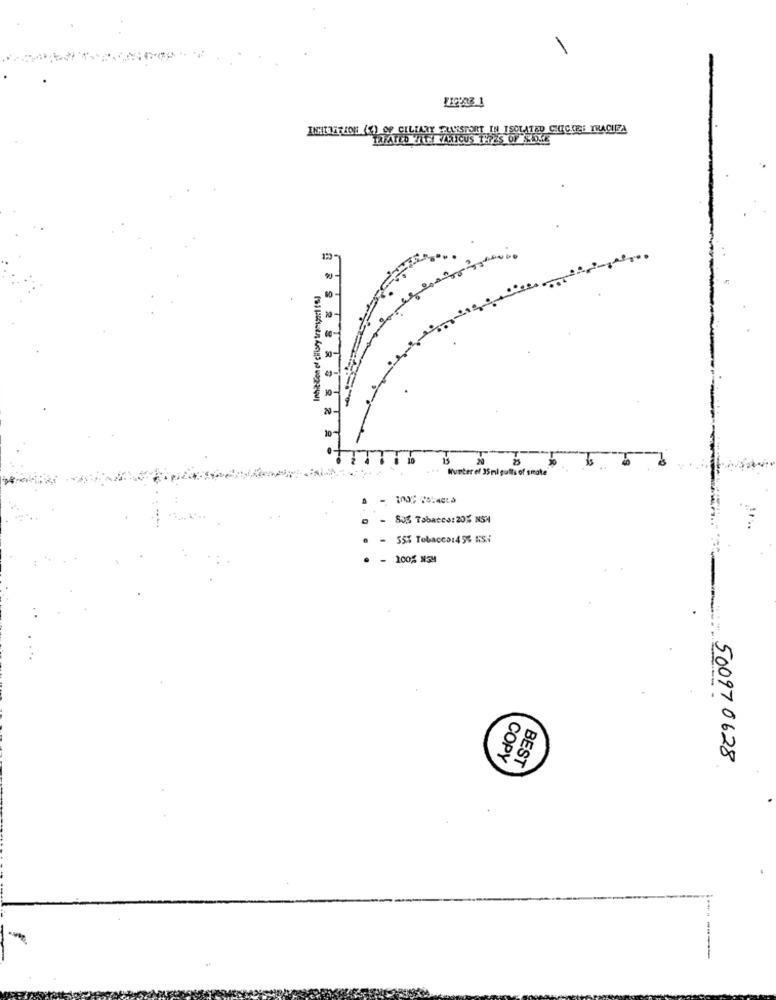
INHERATION (S) OF CILIARY TRANSPORT IN ISOLATED CHUCHES TRACHEA
TRIATED TIL KYAMICUS 1725 OF SOLE
Hunter et 35 ml gulls of smoke
- 805 Tabacco: 20% NSX
- 55% Tobacco:456 KSi
100% 15M
COPY
BEST
. 500970628
--